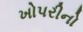
ખોપરીનો